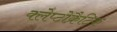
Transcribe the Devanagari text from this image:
क्लेप्टोक्रैटिक